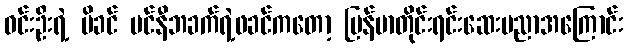
ဝင်းဦးရဲ့ မိခင် မင်နီဘခက်ရဲ့ဖခင်ကတော့ မြန်မာတိုင်းရင်းဆေးပညာအကြောင်း